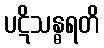
ပဋိသန္ဓရတိ